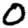
Digit: 0